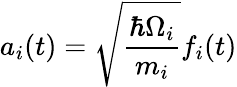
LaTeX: a_{i}(t)=\sqrt{\frac{\hbar\Omega_{i}}{m_{i}}}f_{i}(t)